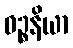
ဝဉ္စနိယာ